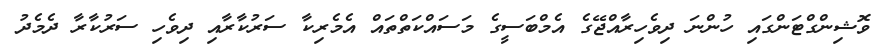
ވޮޝިންގްޓަންގައި ހުންނަ ދިވެހިރާއްޖޭގެ އެމްބަސީގެ މަސައްކަތްތައް އެމެރިކާ ސަރުކާރާއި ދިވެހި ސަރުކާރާ ދެމެދު